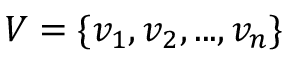
V = \{ v _ { 1 } , v _ { 2 } , . . . , v _ { n } \}